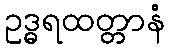
ဥဒ္ဓရထတ္တာနံ